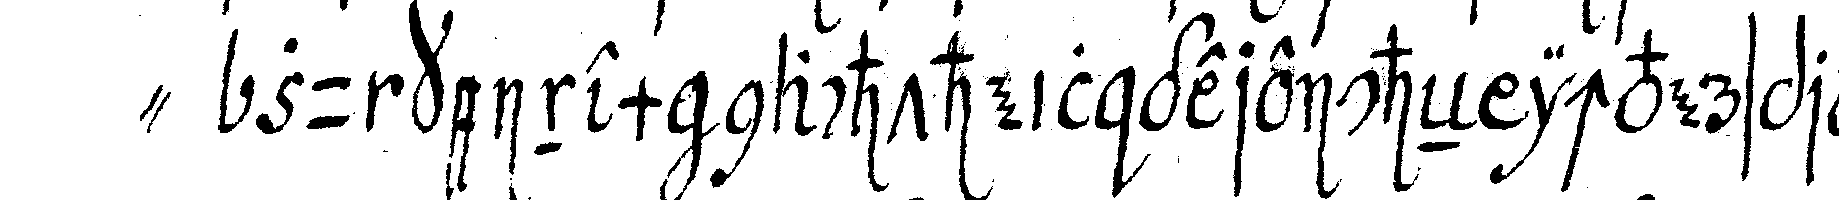
" zu keinem nachtheil gereicheN ichverspreche